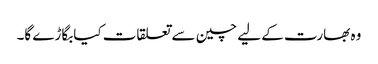
وہ بھارت کے لیے چین سے تعلقات کیابگاڑے گا۔